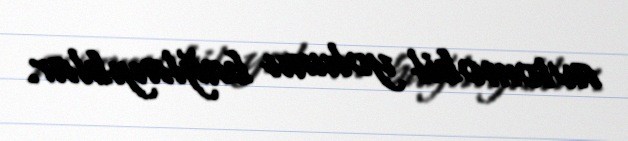
avtomobil yolunu bağlayıblar.